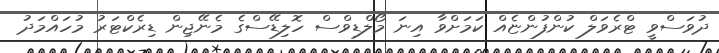
ދުވަސްވީ ޓްރެވަލް ކުންފުންޏެއް ކަމަށްވާ އިނަ މޯލްޑިވްސް ހޮލިޑޭސްގެ މެނޭޖިން ޑިރެކްޓަރު މުހައްމަދު